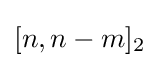
[n,n-m]_{2}